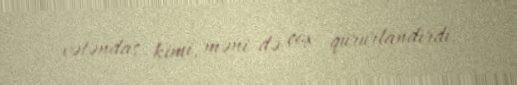
vətəndaş kimi, məni də çox qürurlandırdı.